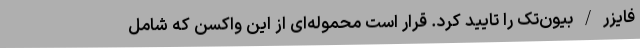
فایزر/بیون‌تک را تایید کرد. قرار است محموله‌ای از این واکسن که شامل